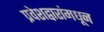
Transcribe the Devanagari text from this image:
प्रवेशद्वारांमधून